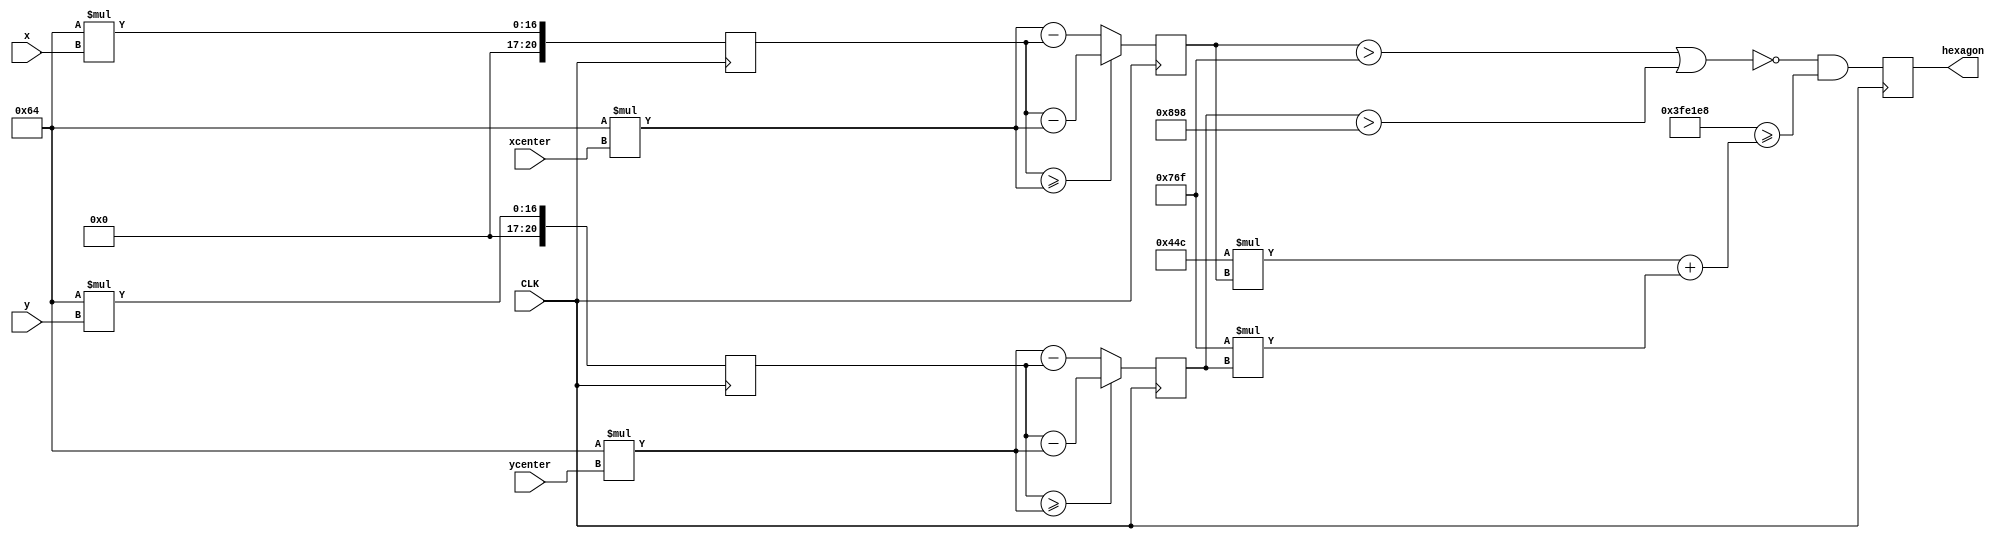
module hexagon (input [9:0] x,xcenter,y,ycenter, input wire CLK, output reg hexagon );



reg [0:20] q2x,q2y, x_large,y_large;
reg [0:8] d;

initial
begin
d=8'b00001011;
end

always @(posedge CLK)
begin
x_large <= 10'd100 * x;
y_large <= 10'd100 * y;


 
q2x <= (x_large >= 10'd100*xcenter )? x_large-10'd100*xcenter : (10'd100*xcenter -x_large);
q2y <= (y_large >= 10'd100*ycenter)? y_large-10'd100*ycenter : (10'd100*ycenter-y_large);



hexagon <= !(q2x > 10'd173*d || q2y > 2*10'd100*d) && ( 2*10'd100*d * d * 10'd173>=(100 * d * q2x + 10'd173 * d * q2y) );

end
endmodule